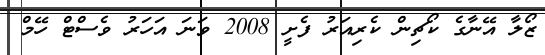
ޒޯލާ އޭނާގެ ކޯޗިން ކެރިއަރު ފެށީ 2008 ވަނަ އަހަރު ވެސްޓް ހޭމް